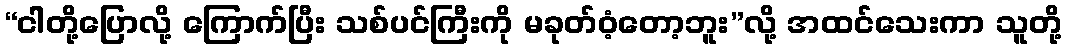
“ငါတို့ပြောလို့ ကြောက်ပြီး သစ်ပင်ကြီးကို မခုတ်ဝံ့တော့ဘူး”လို့ အထင်သေးကာ သူတို့